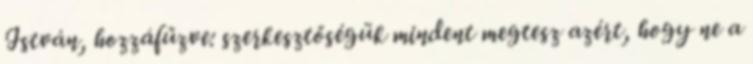
István, hozzáfűzve: szerkesztőségük mindent megtesz azért, hogy ne a